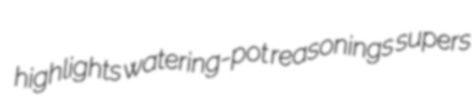
highlights watering-pot reasonings supers